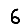
Digit: 6